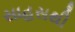
સાહસથી